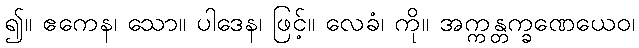
၍။ ဧကေန၊ သော။ ပါဒေန၊ ဖြင့်။ လေခံ၊ ကို။ အက္ကန္တက္ခဏေယေဝ၊